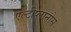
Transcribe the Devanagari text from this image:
एल्टीप्लानोस